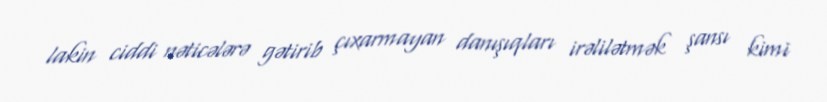
lakin ciddi nəticələrə gətirib çıxarmayan danışıqları irəlilətmək şansı kimi